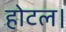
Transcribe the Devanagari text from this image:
होटल।